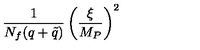
{ \frac { 1 } { N _ { f } ( q + \tilde { q } ) } } \left( { \frac { \xi } { M _ { P } } } \right) ^ { 2 }